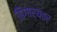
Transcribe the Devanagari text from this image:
ढिगार्‍यवर